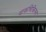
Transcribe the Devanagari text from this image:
वाकचिकित्सा